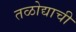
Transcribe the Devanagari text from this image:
तळोद्याची